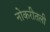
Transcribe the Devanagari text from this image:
नोकरीतली